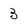
Character: 3